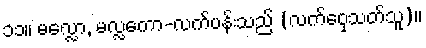
၁၁။ မလ္လော, မလ္လကော-လက်ပန်းသည် (လက်ဝှေ့သတ်သူ)။